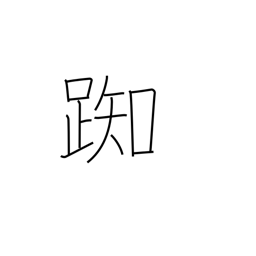
Meaning: hesitate